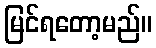
မြင်ရတော့မည်။